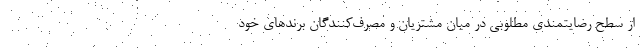
از سطح رضایتمندی مطلوبی در میان مشتریان و مصرف‌کنندگان برندهای خود